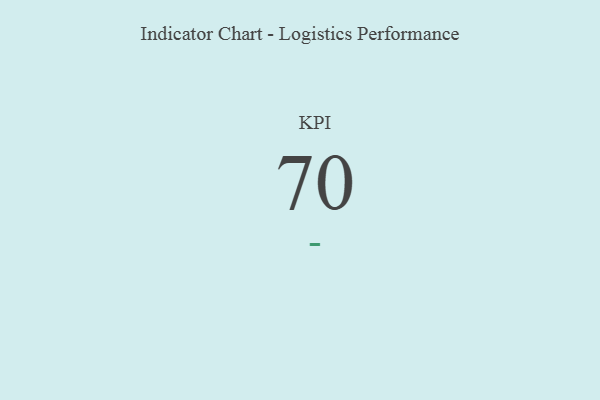
{"axis": {"x": "KPI", "y": "Value"}, "legend": [""], "data": [{"x": "KPI", "y": 70, "type": ""}]}